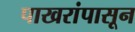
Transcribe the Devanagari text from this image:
पाखरांपासून